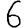
Digit: 6